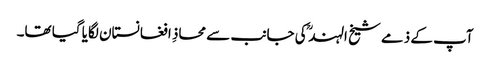
آپ کے ذمے شیخ الہند ؒ کی جانب سے محاذِ افغانستان لگایا گیا تھا۔